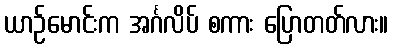
ယာဉ်မောင်းက အင်္ဂလိပ် စကား ပြောတတ်လား။